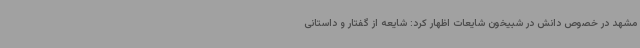
مشهد در خصوص دانش در شبیخون شایعات اظهار کرد: شایعه از گفتار و داستانی